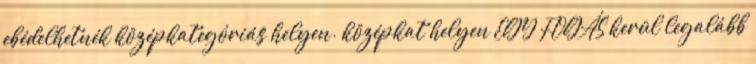
ebédelhetnék középkategóriás helyen. középkat helyen EGY FOGÁS kerül legalább